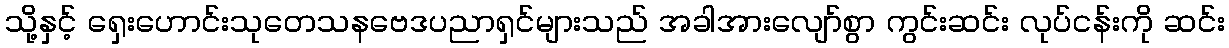
သို့နှင့် ရှေးဟောင်းသုတေသနဗေဒပညာရှင်များသည် အခါအားလျော်စွာ ကွင်းဆင်း လုပ်ငန်းကို ဆင်း